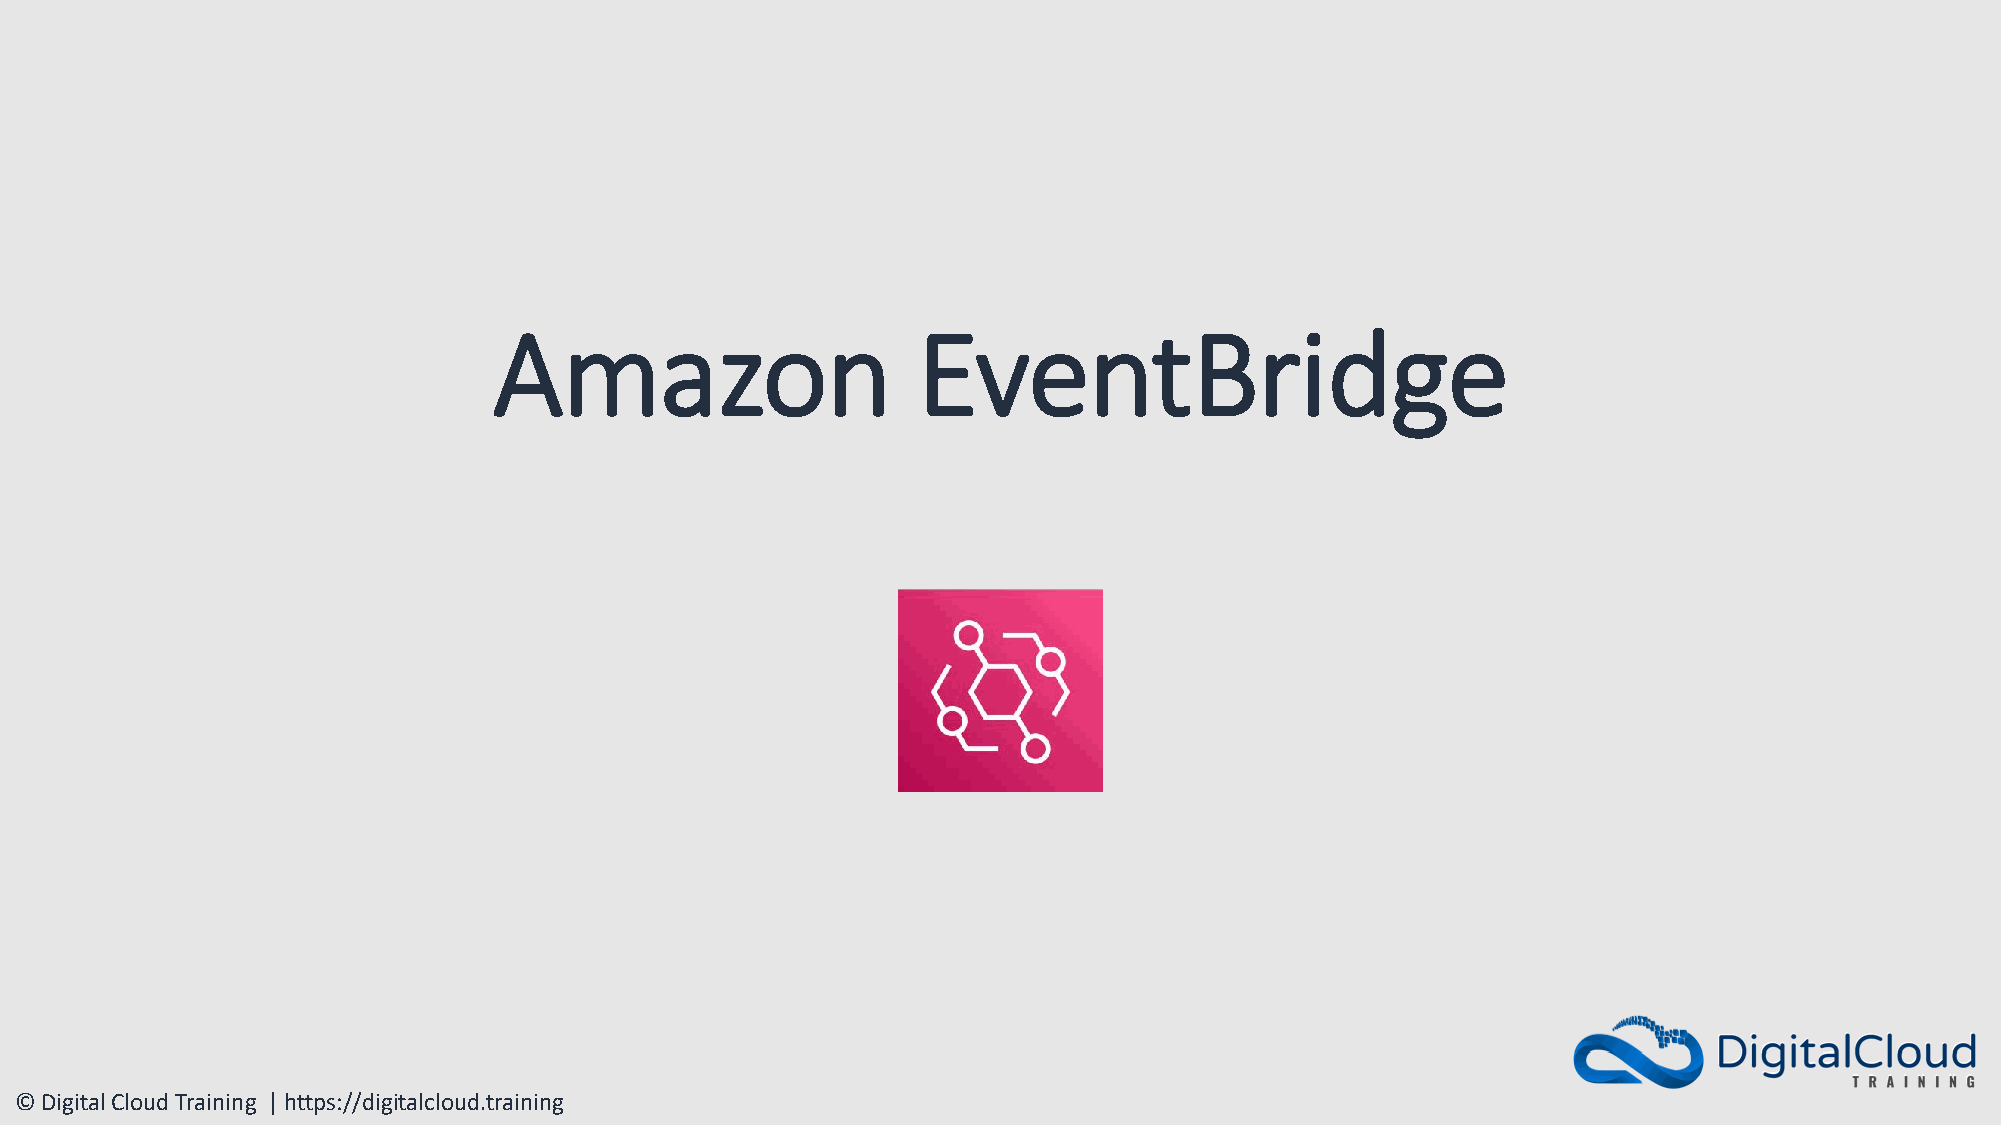
Amazon                      EventBridge
 © Digital Cloud Training | https://digitalcloud.training